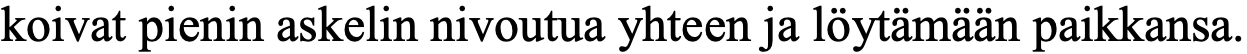
koivat pienin askelin nivoutua yhteen ja löytämään paikkansa.